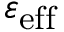
\varepsilon _ { \mathrm { e f f } }